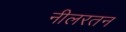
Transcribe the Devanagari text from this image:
नीलरतन